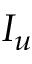
I _ { u }